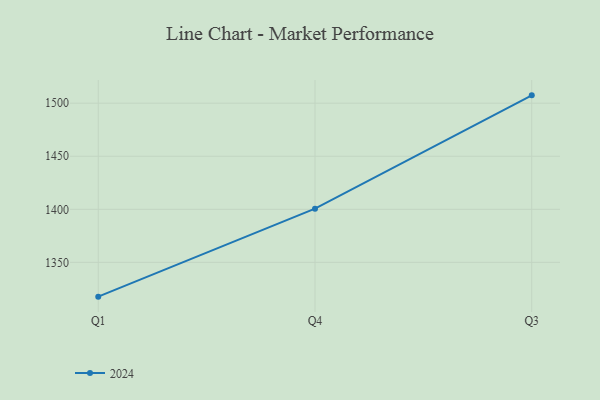
{"axis": {"x": "Quarter", "y": "Satisfaction Score"}, "legend": ["2024"], "data": [{"x": "Q1", "y": 1317.7, "type": "2024"}, {"x": "Q4", "y": 1400.6, "type": "2024"}, {"x": "Q3", "y": 1507.4, "type": "2024"}]}